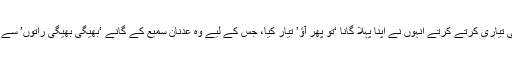
گلوکاری کی تیاری کرتے کرتے انہوں نے اپنا پہلا گانا ‘تو پھر آؤ’ تیار کیا، جس کے لیے وہ عدنان سمیع کے گانے ‘بھیگی بھیگی راتوں’ سے متاثر تھے۔